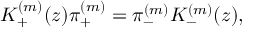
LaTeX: K _ { + } ^ { ( m ) } ( z ) \pi _ { + } ^ { ( m ) } = \pi _ { - } ^ { ( m ) } K _ { - } ^ { ( m ) } ( z ) ,